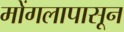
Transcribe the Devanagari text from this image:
मोंगलापासून